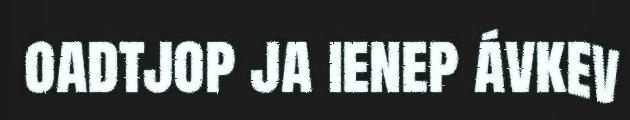
oadtjop ja ienep ávkev